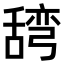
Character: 𮍽